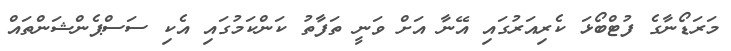
މަރަޑޯނާގެ ފުޓްބޯޅަ ކެރިއަރުގައި އޭނާ އަށް ވަނީ ތަފާތު ކަންކަމުގައި އެކި ސަސްޕެންޝަންތައް